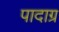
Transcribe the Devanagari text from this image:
पादाग्र